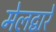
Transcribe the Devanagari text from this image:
मेलद्वारे